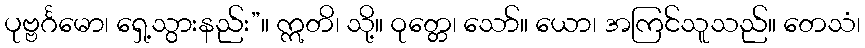
ပုဗ္ဗင်္ဂမော၊ ရှေ့သွားနည်း”။ ဣတိ၊ သို့။ ဝုတ္တေ၊ သော်။ ယော၊ အကြင်သူသည်။ တေသံ၊